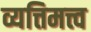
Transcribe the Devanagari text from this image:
व्यत्तिमत्त्व